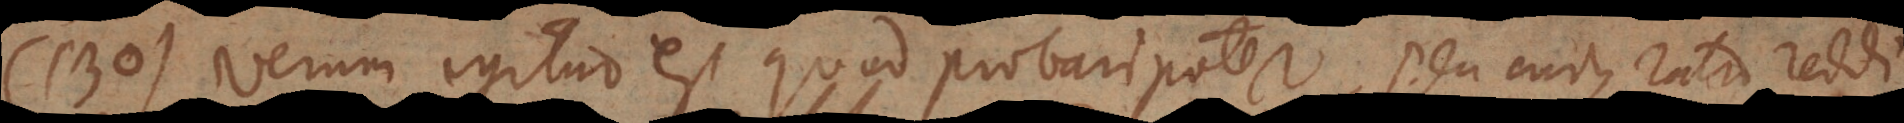
) Verum igitur est quod probari potest, seu cujus ratio reddi